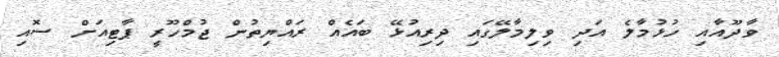
ވާދޫއާއި ހުޅުމާލެ އަދި ވިލިމާލޭގައި ދިރިއުޅޭ ބައެއް ރައްޔިތުން ޖުމްހޫރީ ޕާޓިއަށް ސޮއި